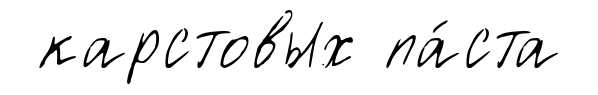
карстовых па́ста